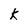
Character: k